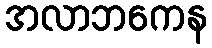
အလာဘကေန